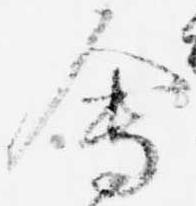
会